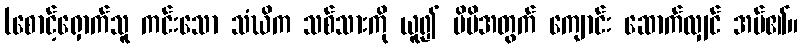
(စောင့်ရှောက်သူ ကင်းသော သံဃိက သစ်သားကို ယူ၍ မိမိအတွက် ကျောင်း ဆောက်လျှင် အပ်၏။